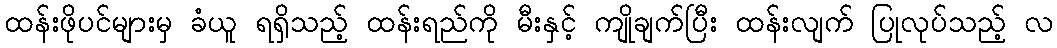
ထန်းဖိုပင်များမှ ခံယူ ရရှိသည့် ထန်းရည်ကို မီးနှင့် ကျိုချက်ပြီး ထန်းလျက် ပြုလုပ်သည့် လ